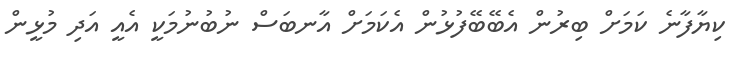
ކިޔާފާނެ ކަމަށް ބިރުން އެބޭބޭފުޅުން އެކަމަށް އާނބަސް ނުބުނުމަކީ އެެެއީ އަދި މުޅީން